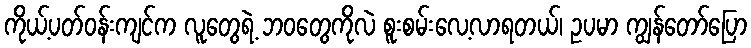
ကိုယ့်ပတ်ဝန်းကျင်က လူတွေရဲ့ ဘဝတွေကိုလဲ စူးစမ်းလေ့လာရတယ်၊ ဥပမာ ကျွန်တော်ပြော